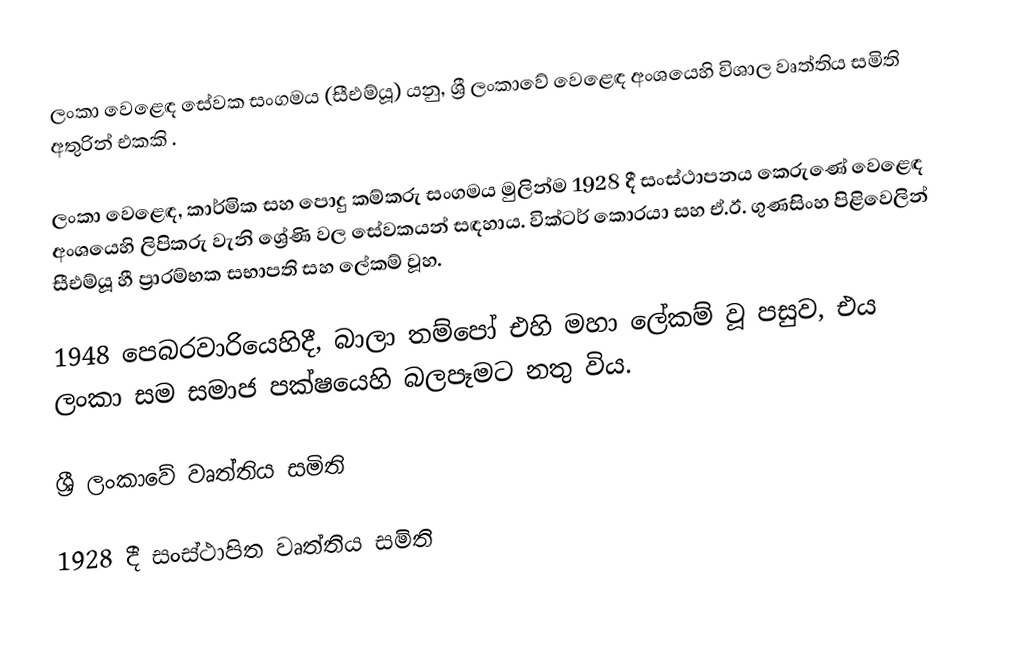
ලංකා වෙළෙඳ සේවක සංගමය (සීඑම්යූ) යනු,  ශ්‍රී ලංකාවේ වෙළෙඳ අංශයෙහි විශාල  වෘත්තිය සමිති අතුරින් එකකි .

ලංකා වෙළෙඳ, කාර්මික සහ පොදු කම්කරු සංගමය මුලින්ම 1928 දී සංස්ථාපනය කෙරුණේ වෙළෙඳ අංශයෙහි ලිපිකරු වැනි ශ්‍රේණි වල සේවකයන් සඳහාය. වික්ටර් කොරයා සහ ඒ.ඊ. ගුණසිංහ පිළිවෙලින් සීඑම්යූ හී  ප්‍රාරම්භක සභාපති සහ ලේකම් වූහ.

1948 පෙබරවාරියෙහිදී, බාලා තම්පෝ එහි මහා ලේකම් වූ පසුව, එය ලංකා සම සමාජ පක්ෂයෙහි බලපෑමට නතු විය.

ශ්‍රී ලංකාවේ වෘත්තිය සමිති

 1928 දී සංස්ථාපිත වෘත්තිය සමිති